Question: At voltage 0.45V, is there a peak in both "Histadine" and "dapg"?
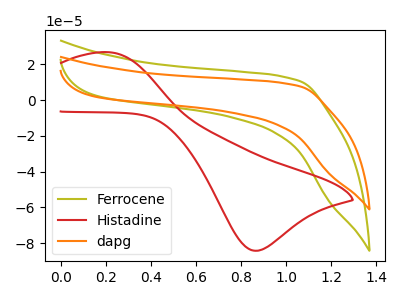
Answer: <think>The olive curve "Ferrocene" has no peaks. The red curve "Histadine" has an anodic peak at (0.20V, 26.75uA) and a cathodic peak at (0.85V, -84.20uA). The orange curve "dapg" has no peaks.</think>
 <answer>No, "Histadine" and "dapg" dont share a peak at 0.45V.</answer>
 <eval>mismatch</eval>